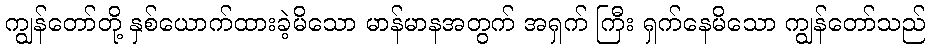
ကျွန်တော်တို့ နှစ်ယောက်ထားခဲ့မိသော မာန်မာနအတွက် အရှက် ကြီး ရှက်နေမိသော ကျွန်တော်သည်